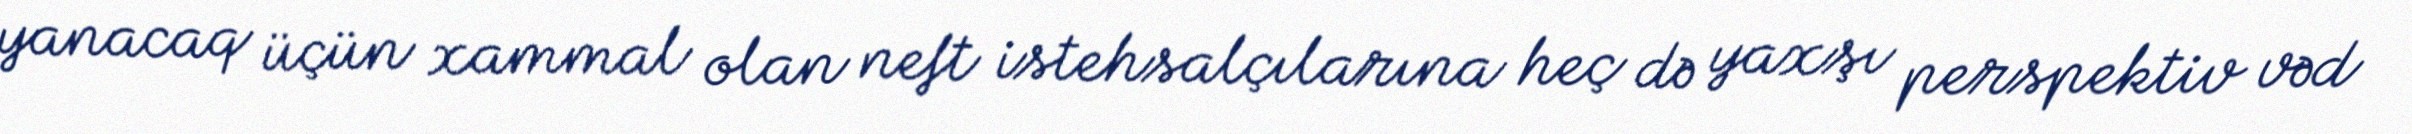
yanacaq üçün xammal olan neft istehsalçılarına heç də yaxşı perspektiv vəd